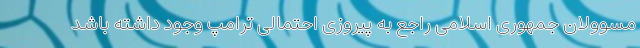
مسوولان جمهوری اسلامی راجع به پیروزی احتمالی ترامپ وجود داشته باشد